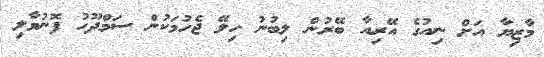
މާޒިޔާ އަށް ނިއުގެ އޭރިއާ ބޭރުން ލިބުނު ހިލޭ ޖެހުމަކުން ސަމްދޫހު ފޮނުވާލި